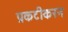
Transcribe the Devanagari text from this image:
प्रकटीकरन